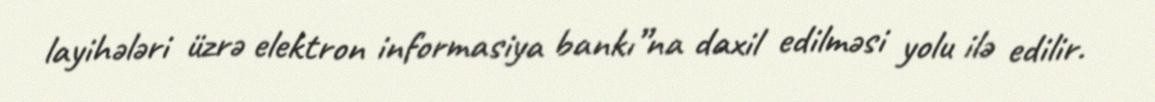
layihələri üzrə elektron informasiya bankı”na daxil edilməsi yolu ilə edilir.